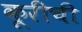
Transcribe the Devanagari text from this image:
कूरीची